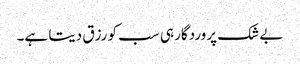
بے شک پروردگار ہی سب کو رزق دیتا ہے۔